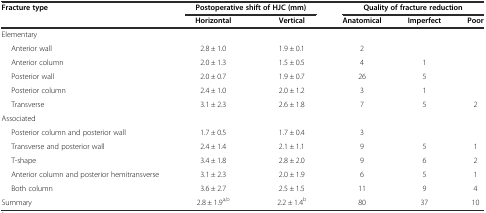
<table><thead><tr><td><b>Fracture type</b></td><td colspan="2"><b>Postoperative shift of HJC (mm)</b></td><td colspan="3"><b>Quality of fracture reduction</b></td></tr><tr><td></td><td><b>Horizontal</b></td><td><b>Vertical</b></td><td><b>Anatomical</b></td><td><b>Imperfect</b></td><td><b>Poor</b></td></tr></thead><tbody><tr><td>Elementary</td><td></td><td></td><td></td><td></td><td></td></tr><tr><td>Anterior wall</td><td>2.8 ± 1.0</td><td>1.9 ± 0.1</td><td>2</td><td></td><td></td></tr><tr><td>Anterior column</td><td>2.0 ± 1.3</td><td>1.5 ± 0.5</td><td>4</td><td>1</td><td></td></tr><tr><td>Posterior wall</td><td>2.0 ± 0.7</td><td>1.9 ± 0.7</td><td>26</td><td>5</td><td></td></tr><tr><td>Posterior column</td><td>2.4 ± 1.0</td><td>2.0 ± 1.2</td><td>3</td><td>1</td><td></td></tr><tr><td>Transverse</td><td>3.1 ± 2.3</td><td>2.6 ± 1.8</td><td>7</td><td>5</td><td>2</td></tr><tr><td>Associated</td><td></td><td></td><td></td><td></td><td></td></tr><tr><td>Posterior column and posterior wall</td><td>1.7 ± 0.5</td><td>1.7 ± 0.4</td><td>3</td><td></td><td></td></tr><tr><td>Transverse and posterior wall</td><td>2.4 ± 1.4</td><td>2.1 ± 1.1</td><td>9</td><td>5</td><td>1</td></tr><tr><td>T-shape</td><td>3.4 ± 1.8</td><td>2.8 ± 2.0</td><td>9</td><td>6</td><td>2</td></tr><tr><td>Anterior column and posterior hemitransverse</td><td>3.1 ± 2.3</td><td>2.0 ± 1.9</td><td>6</td><td>5</td><td>1</td></tr><tr><td>Both column</td><td>3.6 ± 2.7</td><td>2.5 ± 1.5</td><td>11</td><td>9</td><td>4</td></tr><tr><td>Summary</td><td>2.8 ± 1.9<sup>a,b</sup></td><td>2.2 ± 1.4<sup>b</sup></td><td>80</td><td>37</td><td>10</td></tr></tbody></table>